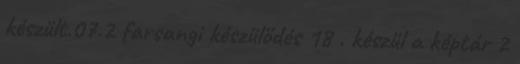
készült.07.2 farsangi készülődés 18 . készül a képtár 2